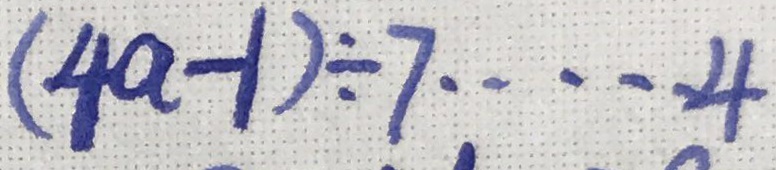
( 4 a - 1 ) \div 7 \cdots 4